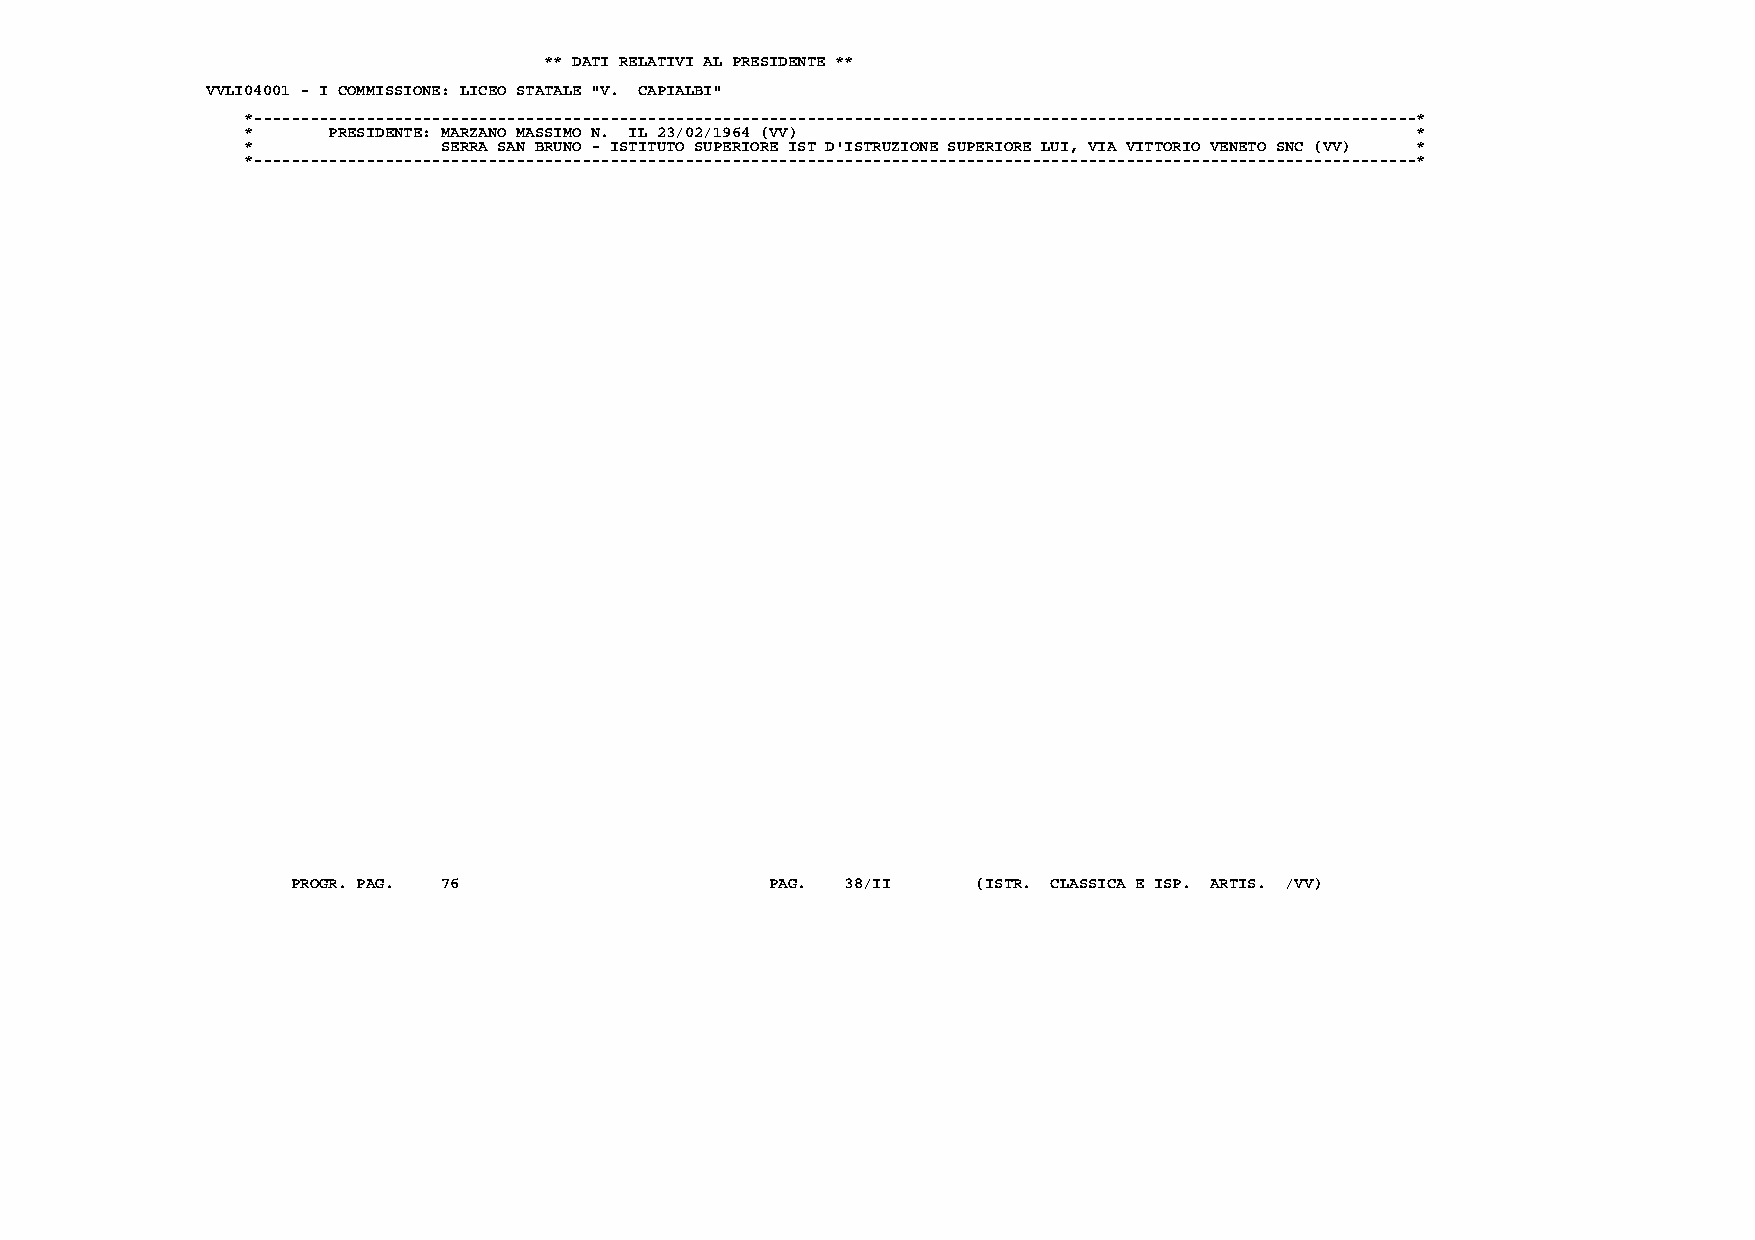
** DATI RELATIVI AL PRESIDENTE **
 VVLI04001 - I COMMISSIONE: LICEO STATALE "V. CAPIALBI"
 *----------------------------------------------------------------------------------------------------------------------------*
 *     PRESIDENTE: MARZANO MASSIMO N. IL 23/02/1964 (VV)                       *
 *            SERRA SAN BRUNO - ISTITUTO SUPERIORE IST D'ISTRUZIONE SUPERIORE LUI, VIA VITTORIO VENETO SNC (VV) *
 *----------------------------------------------------------------------------------------------------------------------------*
 PROGR. PAG. 76                  PAG. 38/II    (ISTR. CLASSICA E ISP. ARTIS. /VV)